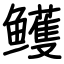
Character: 鳠